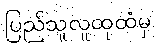
ပြည်သူလူထုထံမှ